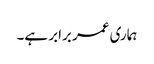
ہماری عمر برابر ہے۔